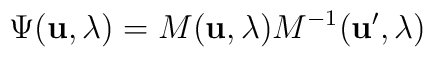
\Psi ({\bf u}, \lambda) = M ({\bf u}, \lambda) M^{-1} ({\bf u'}, \lambda)